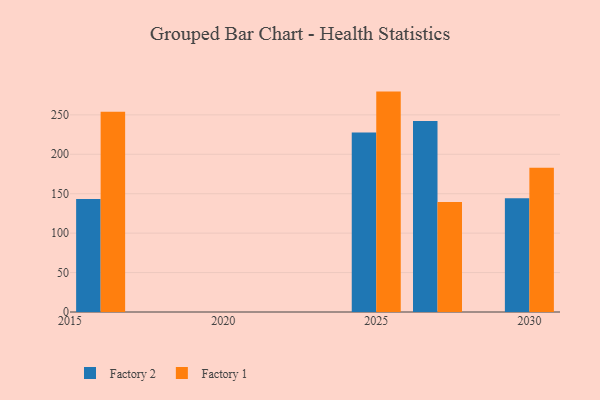
{"axis": {"x": "Year", "y": "Operating Costs (USD K)"}, "legend": ["Factory 1", "Factory 2"], "data": [{"x": "2027", "y": 242.2, "type": "Factory 2"}, {"x": "2027", "y": 139.6, "type": "Factory 1"}, {"x": "2030", "y": 144.2, "type": "Factory 2"}, {"x": "2030", "y": 182.9, "type": "Factory 1"}, {"x": "2025", "y": 227.5, "type": "Factory 2"}, {"x": "2025", "y": 279.5, "type": "Factory 1"}, {"x": "2016", "y": 143.2, "type": "Factory 2"}, {"x": "2016", "y": 253.8, "type": "Factory 1"}]}